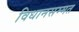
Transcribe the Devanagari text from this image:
विधानसम्मत